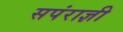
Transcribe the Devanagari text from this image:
सपंराज्ञी